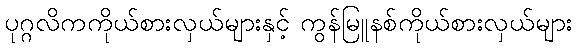
ပုဂ္ဂလိကကိုယ်စားလှယ်များနှင့် ကွန်မြူနစ်ကိုယ်စားလှယ်များ